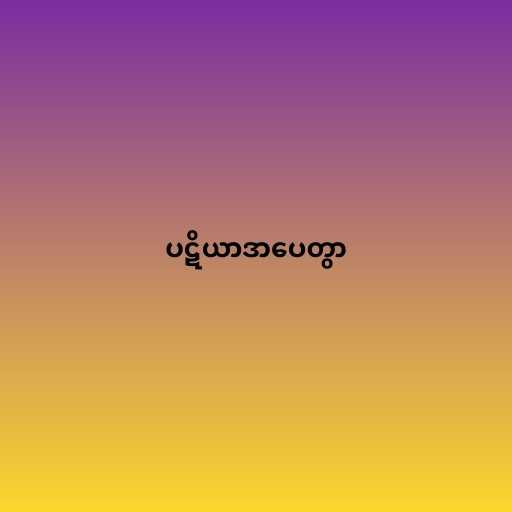
ပဋိယာဒာပေတွာ